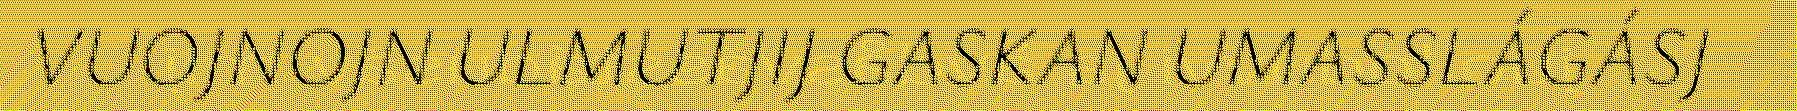
VUOJNOJN ULMUTJIJ GASKAN UMASSLÁGÁSJ